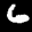
Label: 6